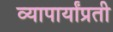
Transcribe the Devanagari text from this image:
व्यापार्यांप्रती